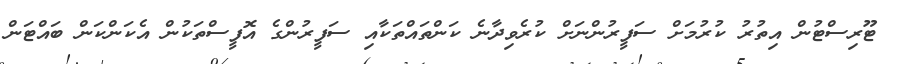
ޓޫރިސްޓުން އިތުރު ކުރުމަށް ސަފީރުންނަށް ކުރެވިދާނެ ކަންތައްތަކާއި ސަފީރުންގެ އޮފީސްތަކުން އެކަންކަން ބައްޓަން